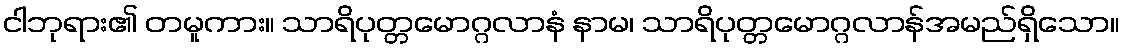
ငါဘုရား၏ တမူကား။ သာရိပုတ္တမောဂ္ဂလာနံ နာမ၊ သာရိပုတ္တမောဂ္ဂလာန်အမည်ရှိသော။